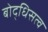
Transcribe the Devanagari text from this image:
बोद्धिसत्व